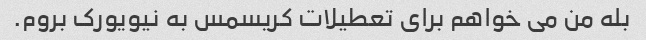
بله من می خواهم برای تعطیلات کریسمس به نیویورک بروم.